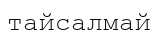
тайсалмай